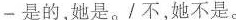
-是的,她是./不,她不是。